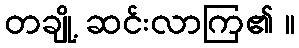
တချို့ ဆင်းလာကြ၏ ။